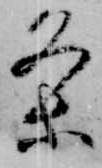
条